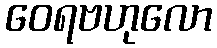
ဝေရဗဟုလော